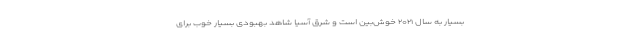
بسیار به سال ۲۰۲۱ خوش‌بین است و شرق آسیا شاهد بهبودی بسیار خوب برای